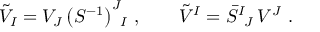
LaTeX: \tilde { \cal V } _ { I } = { \cal V } _ { J } \, \big ( { \cal S } ^ { - 1 } \big ) ^ { J } { } _ { \! I } \ , \qquad \tilde { \cal V } ^ { I } = \bar { \cal S } ^ { I } { } _ { \! J } \, { \cal V } ^ { J } \ .